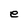
Character: e